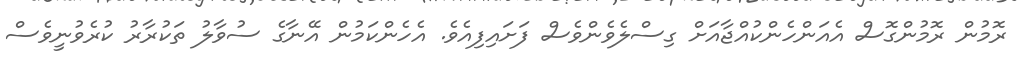
ރޮމުން ރޮމުންގޮސް އެއަންހެންކުއްޖާއަށް ގިސްލެވެންވެސް ފަށައިފިއެވެ. އެހެންކަމުން އޭނާގެ ސުވާލު ތަކުރާރު ކުރެވުނީވެސް